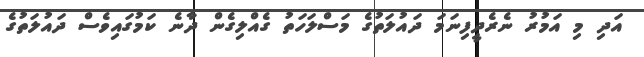
އަދި މި އަމުރު ނެރެދީފިނަމަ ދައުލަތުގެ މަސްލަހަތު ގެއްލިގެން ދާނެ ކަމުގައިވެސް ދައުލަތުގެ